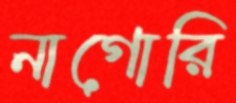
নাগোরি